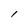
Character: l